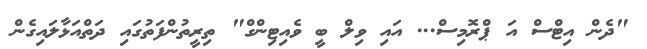
"ދެން އިޓްސް އަ ޕްރޮމިސް... އައި ވިލް ބީ ވެއިޓިންގް" ތިރީތުންފަތުގައި ދަތްއަޅާލައިގެން